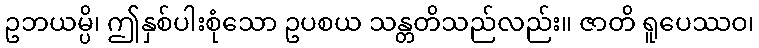
ဥဘယမ္ပိ၊ ဤနှစ်ပါးစုံသော ဥပစယ သန္တတိသည်လည်း။ ဇာတိ ရူပေဿဝ၊